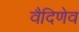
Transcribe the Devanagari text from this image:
वैदिणेव